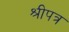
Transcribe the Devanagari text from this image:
श्रीपत्र